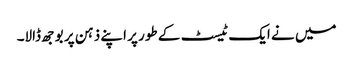
میں نے ایک ٹیسٹ کے طور پر اپنے ذہن پر بوجھ ڈالا۔